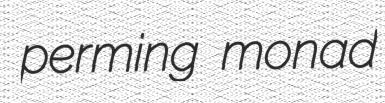
perming monad